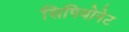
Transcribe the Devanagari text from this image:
सिपियोनेट